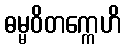
ဓမ္မဝိတက္ကေဟိ